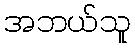
အဘယ်သူ